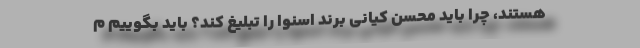
هستند، چرا باید محسن کیانی برند اسنوا را تبلیغ کند؟ باید بگوییم م